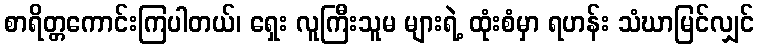
စာရိတ္တကောင်းကြပါတယ်၊ ရှေး လူကြီးသူမ များရဲ့ ထုံးစံမှာ ရဟန်း သံဃာမြင်လျှင်